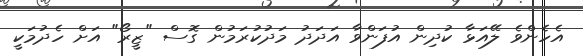
އެހެންވެ ލޭއަޅާ ކުދިން އުފަންވާ އަދަދު މަދުކުރަމުން ގޮސް "ޒީރޯ" އަށް ހެދުމަކީ